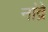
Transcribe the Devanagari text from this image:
नांद्रे